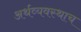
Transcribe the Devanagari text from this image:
अर्थव्यवस्थाच